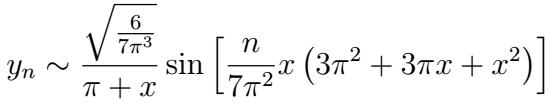
$y_{n} \sim \frac{\sqrt{\frac{6}{7 \pi^{3}}}}{\pi+x} \sin \left[\frac{n}{7 \pi^{2}} x\left(3 \pi^{2}+3 \pi x+x^{2}\right)\right]$